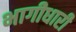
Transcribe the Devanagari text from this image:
भागीधारी